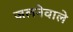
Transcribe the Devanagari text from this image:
जलनेवाले